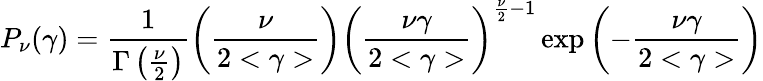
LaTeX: P_{\nu}(\gamma)=\frac{1}{\Gamma\left(\frac{\nu}{2}\right)}\left(\frac{\nu}{2<\gamma>}\right)\left(\frac{\nu\gamma}{2<\gamma>}\right)^{\frac{\nu}{2}-1}\exp\left(-\frac{\nu\gamma}{2<\gamma>}\right)